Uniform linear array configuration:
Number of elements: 8
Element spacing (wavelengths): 0.5
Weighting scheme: cosine
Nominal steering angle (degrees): -15
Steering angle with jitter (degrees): -14.185
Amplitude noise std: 0.05
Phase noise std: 0.05

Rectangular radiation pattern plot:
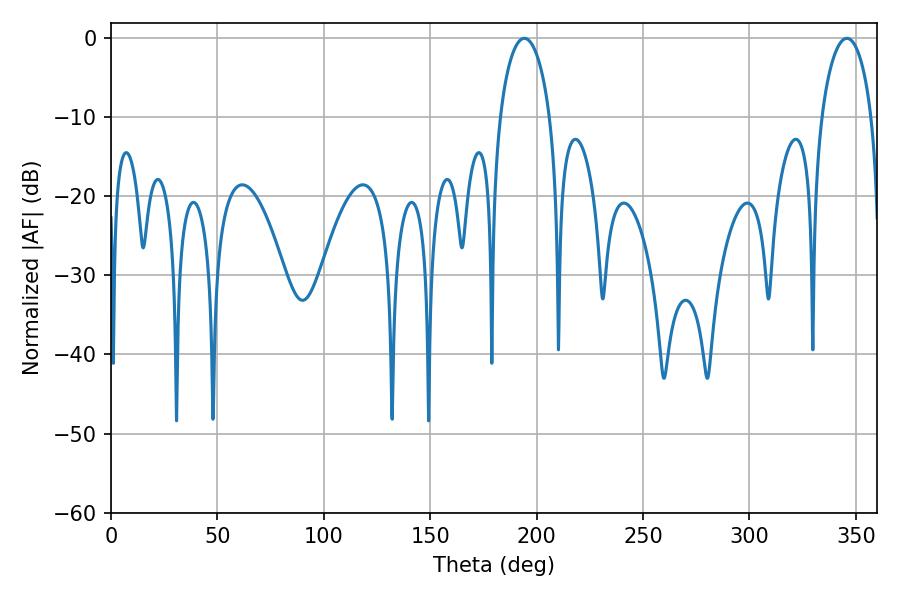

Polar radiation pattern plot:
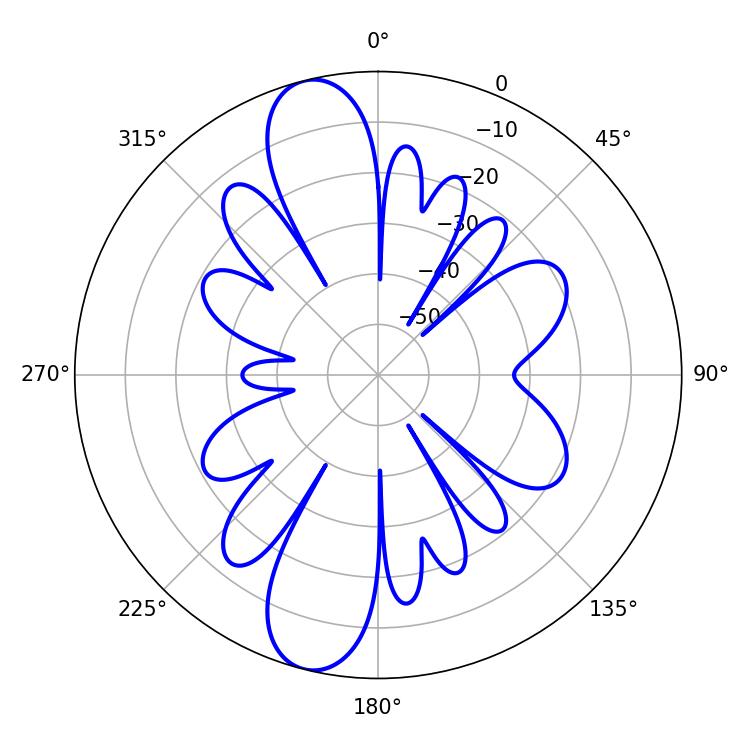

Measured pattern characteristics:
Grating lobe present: FALSE
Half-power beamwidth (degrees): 13.5
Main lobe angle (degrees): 194.22